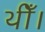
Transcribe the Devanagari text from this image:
थीँ।